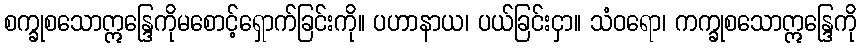
စက္ခုစသောဣန္ဒြေကိုမစောင့်ရှောက်ခြင်းကို။ ပဟာနာယ၊ ပယ်ခြင်းငှာ။ သံဝရော၊ ကက္ခုစသောဣန္ဒြေကို